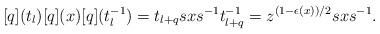
LaTeX: \begin{align*}[q](t_l)[q](x)[q](t_l^{-1})=t_{l+q}sxs^{-1}t_{l+q}^{-1}=z^{(1-\epsilon(x))/2}sxs^{-1}.\end{align*}